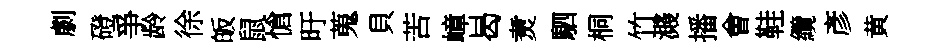
劇磴爭龄徐皈鼠愴旴蒐貝苦嶂曷煑駟桐竹濺播㑹鞋纜彥黄